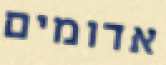
אדומים